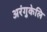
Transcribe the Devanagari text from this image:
अरंगुकेलि